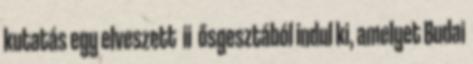
kutatás egy elveszett ii ősgesztából indul ki, amelyet Budai